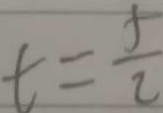
t = \frac { 5 } { 2 }